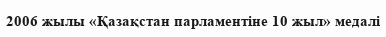
2006 жылы «Қазақстан парламентіне 10 жыл» медалі